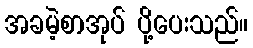
အခမဲ့စာအုပ် ပို့ပေးသည်။